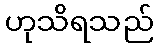
ဟုသိရသည်